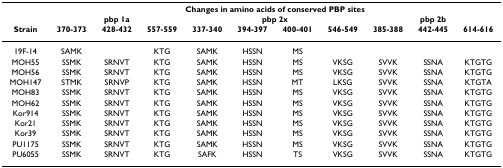
<table><thead><tr><td></td><td colspan="10"><b>Changes in amino acids of conserved PBP sites</b></td></tr><tr><td></td><td colspan="3"><b>pbp 1a</b></td><td colspan="4"><b>pbp 2x</b></td><td colspan="3"><b>pbp 2b</b></td></tr><tr><td><b>Strain</b></td><td><b>370-373</b></td><td><b>428-432</b></td><td><b>557-559</b></td><td><b>337-340</b></td><td><b>394-397</b></td><td><b>400-401</b></td><td><b>546-549</b></td><td><b>385-388</b></td><td><b>442-445</b></td><td><b>614-616</b></td></tr></thead><tbody><tr><td>19F-14</td><td>SAMK</td><td></td><td>KTG</td><td>SAMK</td><td>HSSN</td><td>MS</td><td></td><td></td><td></td><td></td></tr><tr><td>MOH55</td><td>SSMK</td><td>SRNVT</td><td>KTG</td><td>SAMK</td><td>HSSN</td><td>MS</td><td>VKSG</td><td>SVVK</td><td>SSNA</td><td>KTGTG</td></tr><tr><td>MOH56</td><td>SSMK</td><td>SRNVT</td><td>KTG</td><td>SAMK</td><td>HSSN</td><td>MS</td><td>VKSG</td><td>SVVK</td><td>SSNA</td><td>KTGTG</td></tr><tr><td>MOH147</td><td>STMK</td><td>SRNVP</td><td>KTG</td><td>SAMK</td><td>HSSN</td><td>MT</td><td>LKSG</td><td>SVVK</td><td>SSNA</td><td>KTGTA</td></tr><tr><td>MOH83</td><td>SSMK</td><td>SRNVT</td><td>KTG</td><td>SAMK</td><td>HSSN</td><td>MS</td><td>VKSG</td><td>SVVK</td><td>SSNA</td><td>KTGTG</td></tr><tr><td>MOH62</td><td>SSMK</td><td>SRNVT</td><td>KTG</td><td>SAMK</td><td>HSSN</td><td>MS</td><td>VKSG</td><td>SVVK</td><td>SSNA</td><td>KTGTG</td></tr><tr><td>Kor914</td><td>SSMK</td><td>SRNVT</td><td>KTG</td><td>SAMK</td><td>HSSN</td><td>MS</td><td>VKSG</td><td>SVVK</td><td>SSNA</td><td>KTGTG</td></tr><tr><td>Kor21</td><td>SSMK</td><td>SRNVT</td><td>KTG</td><td>SAMK</td><td>HSSN</td><td>MS</td><td>VKSG</td><td>SVVK</td><td>SSNA</td><td>KTGTG</td></tr><tr><td>Kor39</td><td>SSMK</td><td>SRNVT</td><td>KTG</td><td>SAMK</td><td>HSSN</td><td>MS</td><td>VKSG</td><td>SVVK</td><td>SSNA</td><td>KTGTG</td></tr><tr><td>PU1175</td><td>SSMK</td><td>SRNVT</td><td>KTG</td><td>SAMK</td><td>HSSN</td><td>MS</td><td>VKSG</td><td>SVVK</td><td>SSNA</td><td>KTGTG</td></tr><tr><td>PU6055</td><td>SSMK</td><td>SRNVT</td><td>KTG</td><td>SAFK</td><td>HSSN</td><td>TS</td><td>VKSG</td><td>SVVK</td><td>SSNA</td><td>KTGTG</td></tr></tbody></table>